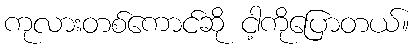
ကုလားတစ်ကောင်ဆို ငါ့ကိုပြောတယ်။